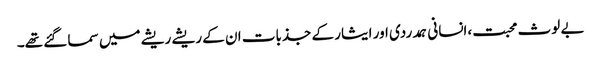
بے لوث محبت،انسانی ہمدردی اور ایثار کے جذبات ان کے ریشے ریشے میں سما گئے تھے۔